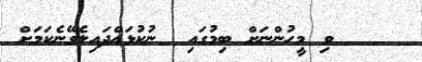
ވި މީހުންނަށް ބިމުގައި  ނުކުޅައްދައިލެވޭނެކަމަށް